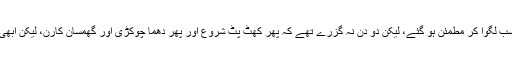
بہر حال ایک خطیر رقم دے کر یہ سبق حاصل کر لیا اور اوپر جالیاں کیج سب لگوا کر مطمئن ہو گئے، لیکن دو دن نہ گزرے تھے کہ پھر کھٹ پٹ شروع اور پھر دھما چوکڑی اور گھمسان کارن، لیکن ابھی شکر تھا کہ ہفتے بھر کی وارنٹی میں کام ہوا تھا اور ہفتہ مکمل نہ ہوا تھا۔